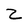
Character: Z